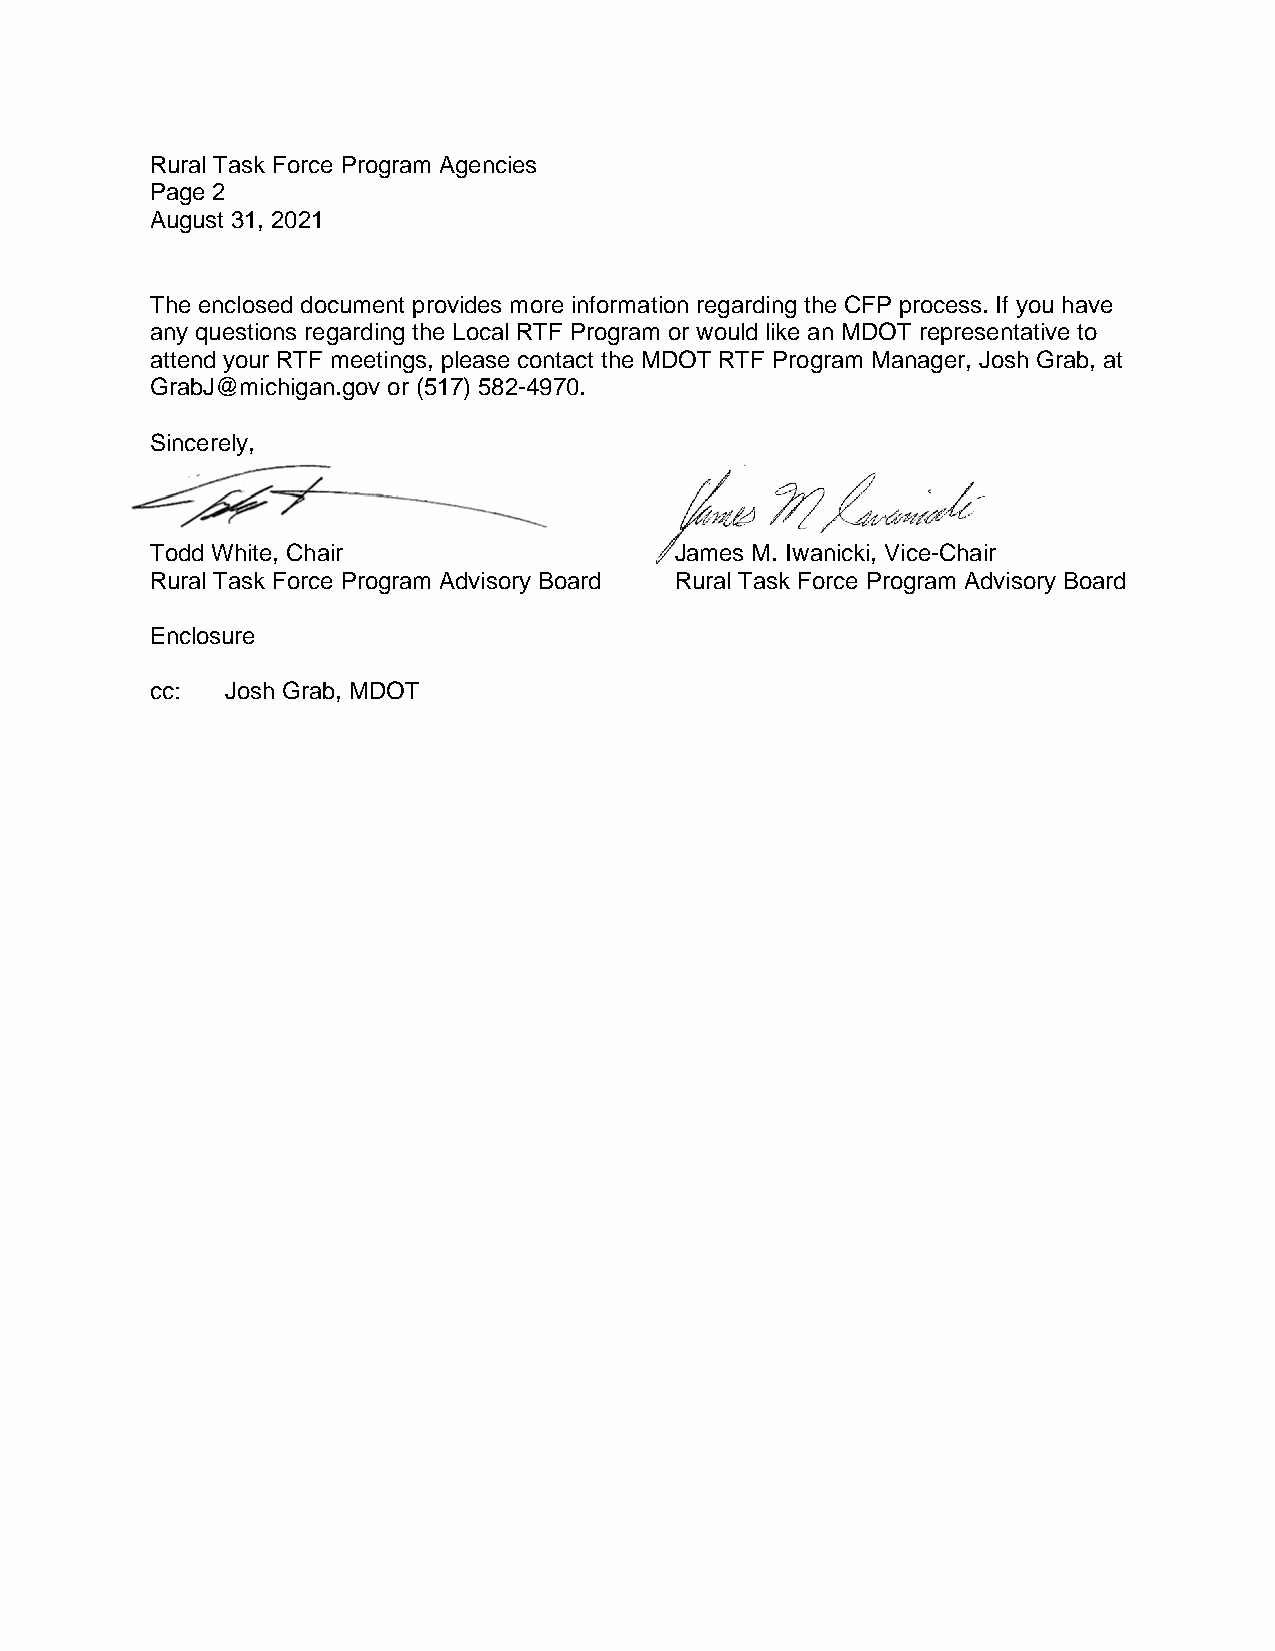
Rural Task Force Program Agencies
 Page 2
 August 31, 2021
 The enclosed document provides more information regarding the CFP process. If you have
 any questions regarding the Local RTF Program or would like an MDOT representative to
 attend your RTF meetings, please contact the MDOT RTF Program Manager, Josh Grab, at
 GrabJ@michigan.gov or (517) 582-4970.
 Sincerely,
 Todd White, Chair                  James M. Iwanicki, Vice-Chair
 Rural Task Force Program Advisory Board Rural Task Force Program Advisory Board
 Enclosure
 cc:  Josh Grab, MDOT